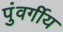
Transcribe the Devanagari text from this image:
पुंवर्गीय